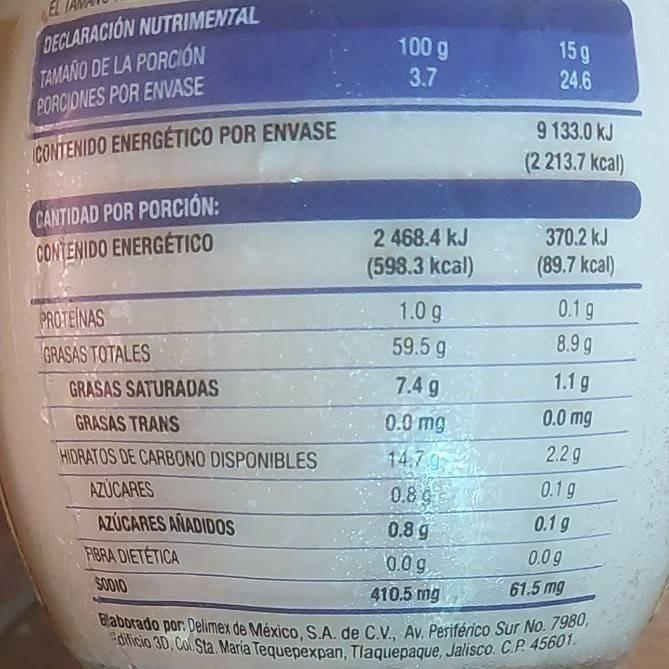
EL Blaborado por: Delimex de México, S.A. de C.V., Av. Pesiférico Sur No. 7980, dificio 3D, Col. Sta. Maria Tequepexpan, Tlaquepaque, Jalisco. C.P. 45601.
DECLARACION NUTRIMENTAL TAMAÑO DE LA PORCIÓN PORCIONES POR ENVASE
100 g
15 g 24.6
3.7
9 133.0 kJ (2 213.7 kcal)
CONTENIDO ENERGETICO POR ENVASE
CANTIDAD POR PORCIÓN: CONTENIDO ENERGETICO
2 468.4 kJ
370.2 kJ
(598.3 kcal)
(89.7 kcal)
PROTEINAS
1.0 g
0.1 g
GRASAS TOTALES
59.5 g-
8.9 g
GRASAS SATURADAS
7.4 g
1.1 g
GRASAS TRANS
0.0 mg
0.0 mg
HIDRATOS DE CARBONO DISPONIBLES
14.7 9
2.2 g
AZÜCARES
0.8 G
0.1 g
AZÚCARES AÑADIDOS
0.8 g
0.1 g
FIBRA DIETETICA
0.0 g,
0.0 g
SODIO
61.5 mg
410.5 mg